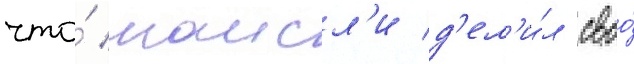
что́ наисл'и д'ел'и́л своо́